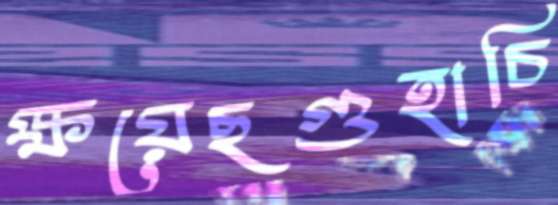
ক্ষয়েছগুহাচি